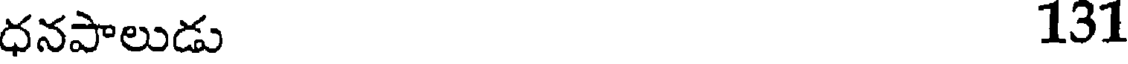
ధనపాలుడు 131